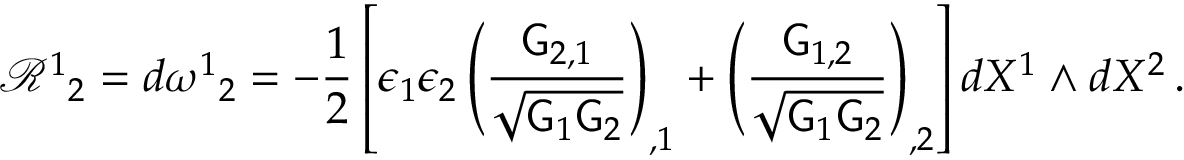
\mathcal { R } ^ { 1 } { } _ { 2 } = d \omega ^ { 1 } { } _ { 2 } = - \frac { 1 } { 2 } \left[ \epsilon _ { 1 } \epsilon _ { 2 } \left( \frac { \mathsf { G } _ { 2 , 1 } } { \sqrt { \mathsf { G } _ { 1 } \mathsf { G } _ { 2 } } } \right) _ { , 1 } + \left( \frac { \mathsf { G } _ { 1 , 2 } } { \sqrt { \mathsf { G } _ { 1 } \mathsf { G } _ { 2 } } } \right) _ { , 2 } \right] d X ^ { 1 } \wedge d X ^ { 2 } \, .